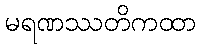
မရဏဿတိကထာ